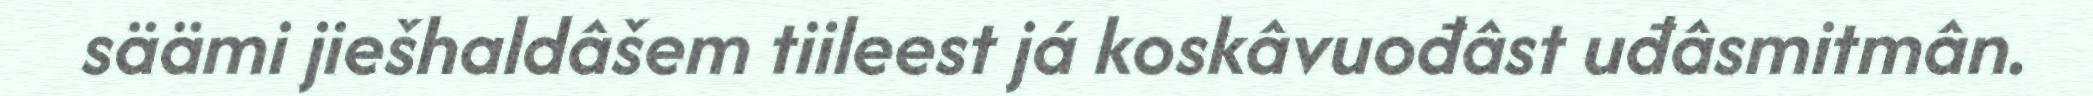
säämi jiešhaldâšem tiileest já koskâvuođâst uđâsmitmân.